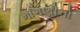
માગણીનો